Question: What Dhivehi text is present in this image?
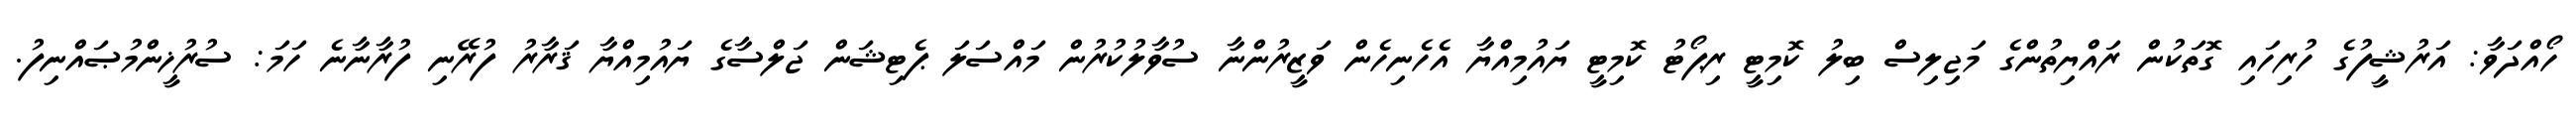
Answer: ހޯއްދަވާ: އަރުޝީފުގެ ހުރިހައި ގޮތަކުން ރައްޔިތުންގެ މަޖިލިސް ބިލު ކޮމިޓީ ރިޕޯޓު ކޮމިޓީ ޔައުމިއްޔާ އެހެނިހެން ވަޒީރުންނާ ސުވާލުކުރުން މައްސަލަ ޕެޓިޝަން ޖަލްސާގެ ޔައުމިއްޔާ ޤަރާރު ފުރޭނި ފުރާނާނެ ހަމަ: ސުރުޚީންމުޞައްނިފު.